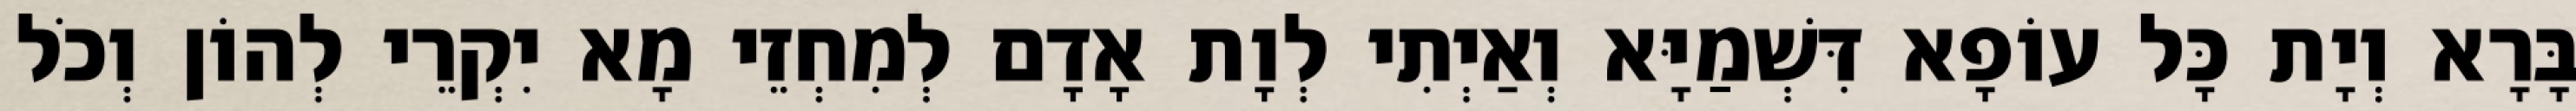
בָּרָא וְיָת כָּל עוֹפָא דִּשְׁמַיָּא וְאַיְתִי לְוָת אָדָם לְמִחְזֵי מָא יִקְרֵי לְהוֹן וְכֹל